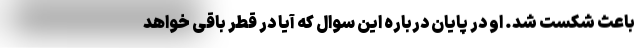
باعث شکست شد. او در پایان درباره این سوال که آیا در قطر باقی خواهد